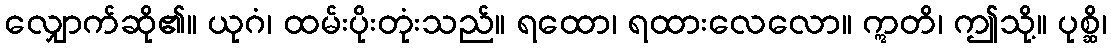
လျှောက်ဆို၏။ ယုဂံ၊ ထမ်းပိုးတုံးသည်။ ရထော၊ ရထားလေလော။ ဣတိ၊ ဤသို့။ ပုစ္ဆိ၊